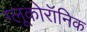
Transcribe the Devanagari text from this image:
ग्लूकोरॉनिक